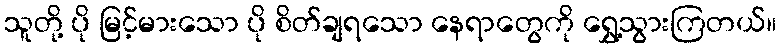
သူတို့ ပို မြင့်မားသော ပို စိတ်ချရသော နေရာတွေကို ရွှေ့သွားကြတယ်။